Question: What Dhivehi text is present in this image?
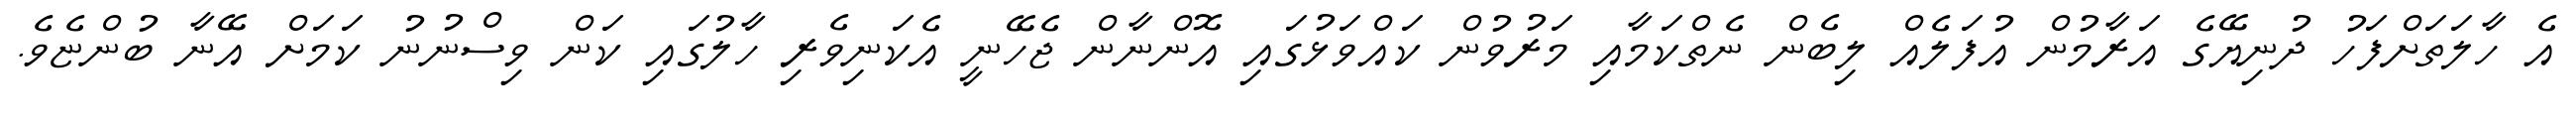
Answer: އެ ހާލަތަށްފަހު ދުނިޔޭގެ އަރާމުން އުފަލެއް ލިބެން ނެތްކަމާއި މަރުވުން ކައްވަޅުގައި އޮންނާން ޖެހޭނީ އެކަނިވެރި ހާލުގައި ކަން ވިސްނުނު ކަމަށް އޭނާ ބުންޏެވެ.